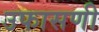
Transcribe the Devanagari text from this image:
उफासणी